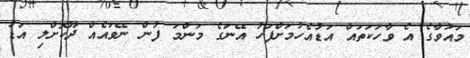
މައުވާގެ އެ ވާހަކަތައް އަޑުއެހުމަށްފަހު އޭނަގެ މަންމަ ފުން ނޭވައެއް ދޫކޮށްލި އަޑު